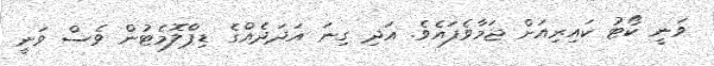
ވަނީ ކޯޓު ކައިރިއަށް ޖަމާވެފައެވެ. އަދި ގިނަ އަދަދެއްގެ ޑިޕްލޮމެޓުން ވެސް ވަނީ